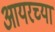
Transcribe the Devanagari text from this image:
आयरच्या